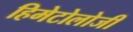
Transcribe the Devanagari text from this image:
हिमेटोलोजी